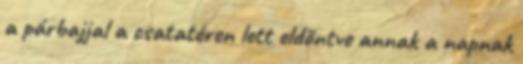
a párbajjal a csatatéren lett eldöntve annak a napnak